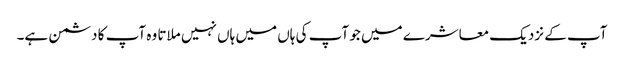
آپ کے نزدیک معاشرے میں جو آپ کی ہاں میں ہاں نہیں ملاتا وہ آپ کا دشمن ہے۔